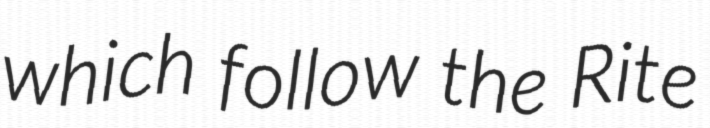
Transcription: which follow the Rite